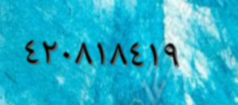
٤٢٠٨١٨٤١٩